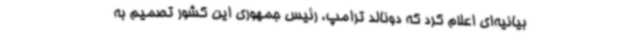
بیانیه‌ای اعلام کرد که دونالد ترامپ، رئیس جمهوری این کشور تصمیم به